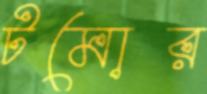
টমোর